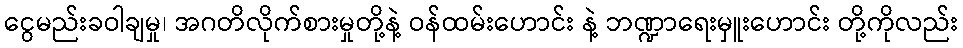
ငွေမည်းခဝါချမှု၊ အဂတိလိုက်စားမှုတို့နဲ့ ဝန်ထမ်းဟောင်း နဲ့ ဘဏ္ဍာရေးမှူးဟောင်း တို့ကိုလည်း